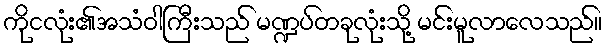
ကိုငလုံး၏အသံဝါကြီးသည် မဏ္ဍပ်တခုလုံးသို့ မင်းမူလာလေသည်။